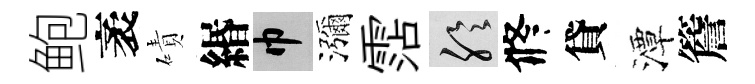
鲍袤磧緡巾瀰霑聆修貸潭簷